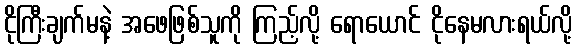
ငိုကြီးချက်မနဲ့ အဖေဖြစ်သူကို ကြည့်လို့ ရောယောင် ငိုနေမလားရယ်လို့